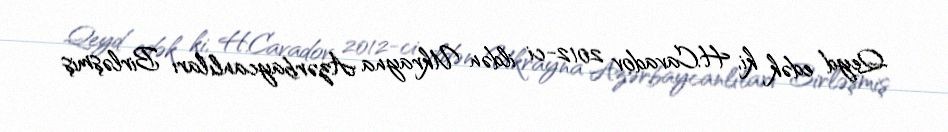
Qeyd edək ki, H.Cavadov 2012-ci ildən Ukrayna Azərbaycanlıları Birləşmiş